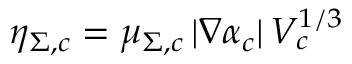
\eta _ { \Sigma , c } = \mu _ { \Sigma , c } \, | \nabla \alpha _ { c } | \, V _ { c } ^ { 1 / 3 }